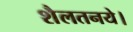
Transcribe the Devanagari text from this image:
शैलतनये।